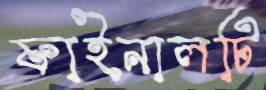
ফাইনালটি